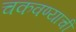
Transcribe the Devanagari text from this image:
चकवण्याची